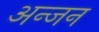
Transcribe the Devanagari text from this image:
अन्जन